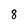
Character: 8